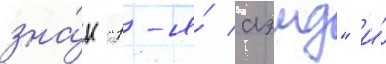
зна́к "1-я́ аэмд" и́